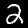
Label: 2